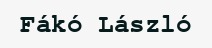
Fákó László